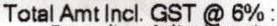
TOTAL AMT INCL. GST @ 6% :